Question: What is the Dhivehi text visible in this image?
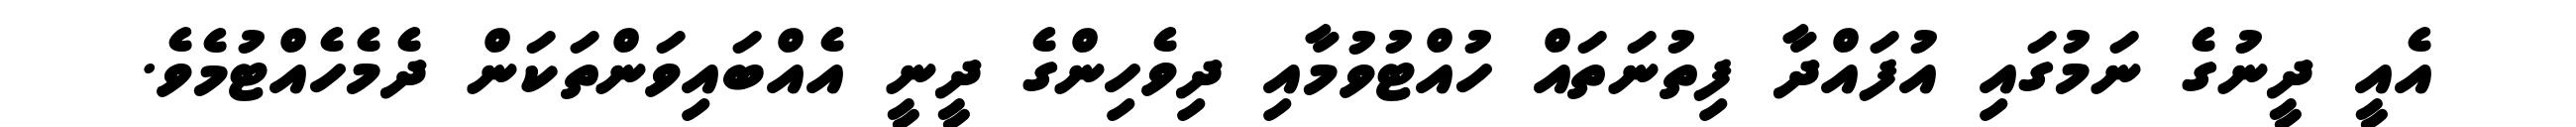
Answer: އެއީ ދީނުގެ ނަމުގައި އުފައްދާ ފިތުނަތައް ހުއްޓުވުމާއި ދިވެހިންގެ ދީނީ އެއްބައިވަންތަކަން ދެމެހެއްޓުމެވެ.